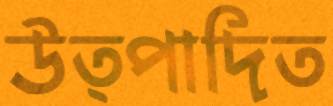
উত্পাদিত